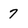
Character: 7